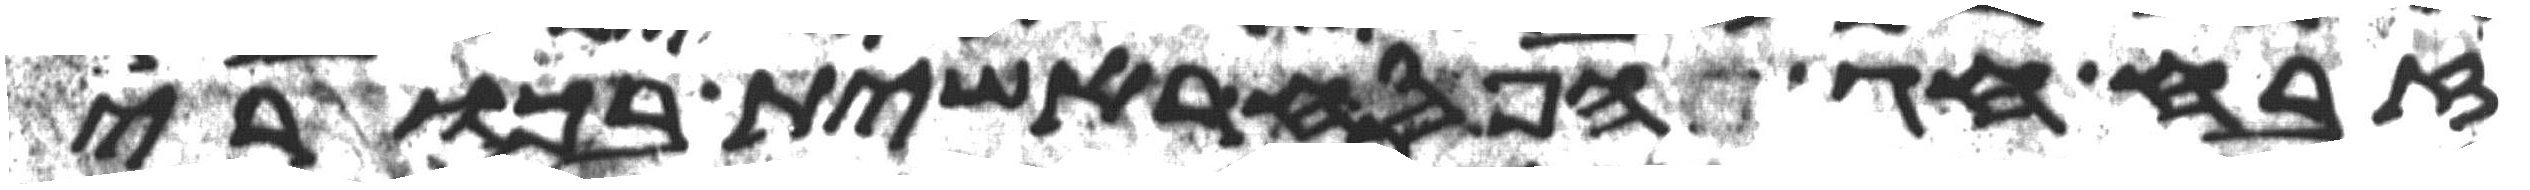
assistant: זבח חג הפסח ראשית בכורי